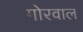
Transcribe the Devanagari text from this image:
गोरवाल